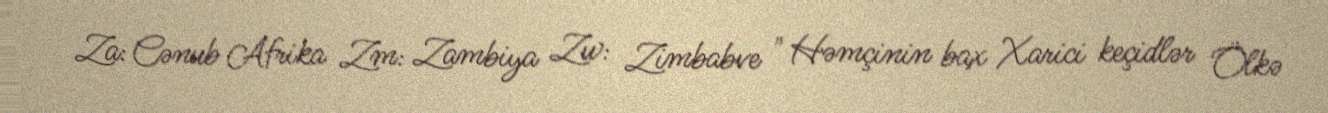
Za: Cənub Afrika Zm: Zambiya Zw: Zimbabve " Həmçinin bax Xarici keçidlər Ölkə